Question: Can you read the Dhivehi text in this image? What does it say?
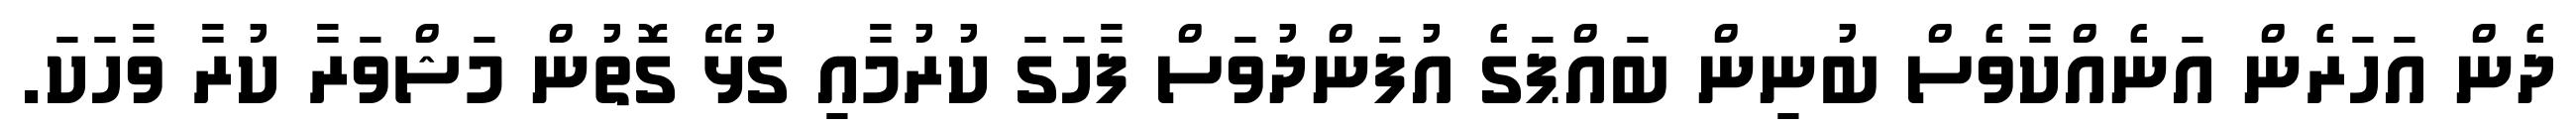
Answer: ދެން އަހަރެން އަނެއްކާވެސް ބުނިން ބައްޕަގެ އުފަންދުވަސް ފާހަގަ ކުރުމާއި ގުޅޭ ގޮތުން މަޝްވަރާ ކުރާ ވާހަކަ.